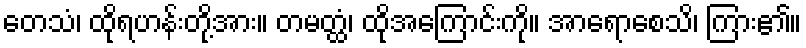
တေသံ၊ ထိုရဟန်းတို့အား။ တမတ္ထံ၊ ထိုအကြောင်းကို။ အာရောစေသိ၊ ကြား၏။